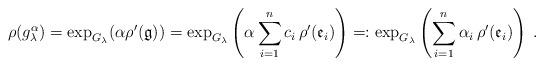
LaTeX: \begin{align*}\rho(g_\lambda^\alpha)=\exp_{G_{\lambda}}(\alpha\rho'(\mathfrak{g}))=\exp_{G_{\lambda}}\left(\alpha\sum_{i=1}^n c_i\,\rho'(\mathfrak{e}_i)\right)=:\exp_{G_{\lambda}}\left(\sum_{i=1}^n\alpha_i\,\rho'(\mathfrak{e}_i)\right)\;.\end{align*}